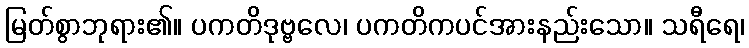
မြတ်စွာဘုရား၏။ ပကတိဒုဗ္ဗလေ၊ ပကတိကပင်အားနည်းသော။ သရီရေ၊